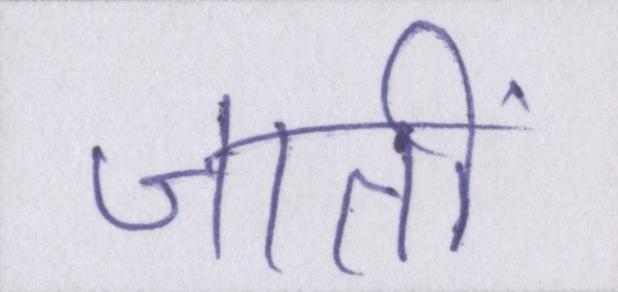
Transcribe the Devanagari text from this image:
जातीं